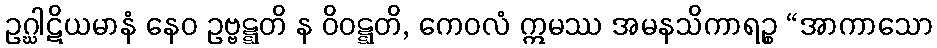
ဥဂ္ဃါဋိယမာနံ နေဝ ဥဗ္ဗဋ္ဋတိ န ဝိဝဋ္ဋတိ, ကေဝလံ ဣမဿ အမနသိကာရဉ္စ “အာကာသော